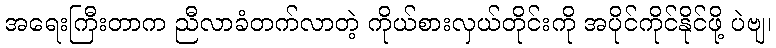
အရေးကြီးတာက ညီလာခံတက်လာတဲ့ ကိုယ်စားလှယ်တိုင်းကို အပိုင်ကိုင်နိုင်ဖို့ ပဲဗျ၊